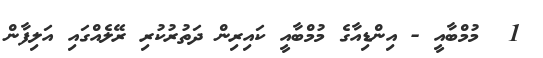
1  މުމްބާއީ - އިންޑިއާގެ މުމްބާއީ ކައިރިން ދަތުރުކުރި ރޭލެއްގައި އަލިފާން